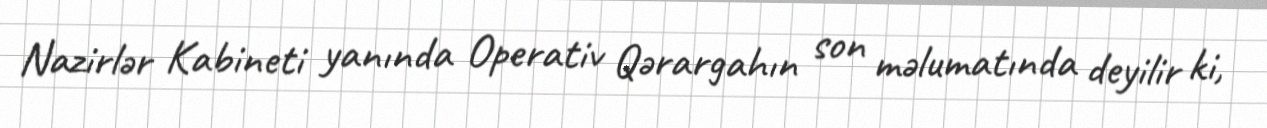
Nazirlər Kabineti yanında Operativ Qərargahın son məlumatında deyilir ki,